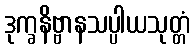
ဒုက္ခနိဗ္ဗာနသပ္ပါယသုတ္တံ